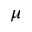
\mu